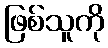
ဖြစ်သူကို